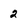
Character: 2